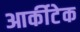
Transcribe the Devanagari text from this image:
आर्कीटेक